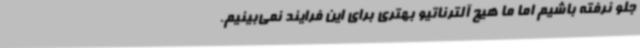
جلو نرفته باشیم اما ما هیچ آلترناتیو بهتری برای این فرایند نمی‌بینیم.